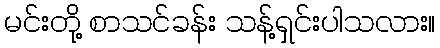
မင်းတို့ စာသင်ခန်း သန့်ရှင်းပါသလား။